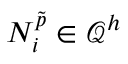
{ N } _ { i } ^ { \tilde { p } } \in \mathcal { Q } ^ { h }